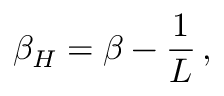
\beta _ { H } = \beta - { \frac { 1 } { L } } \, ,